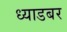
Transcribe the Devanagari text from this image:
ध्याडबर